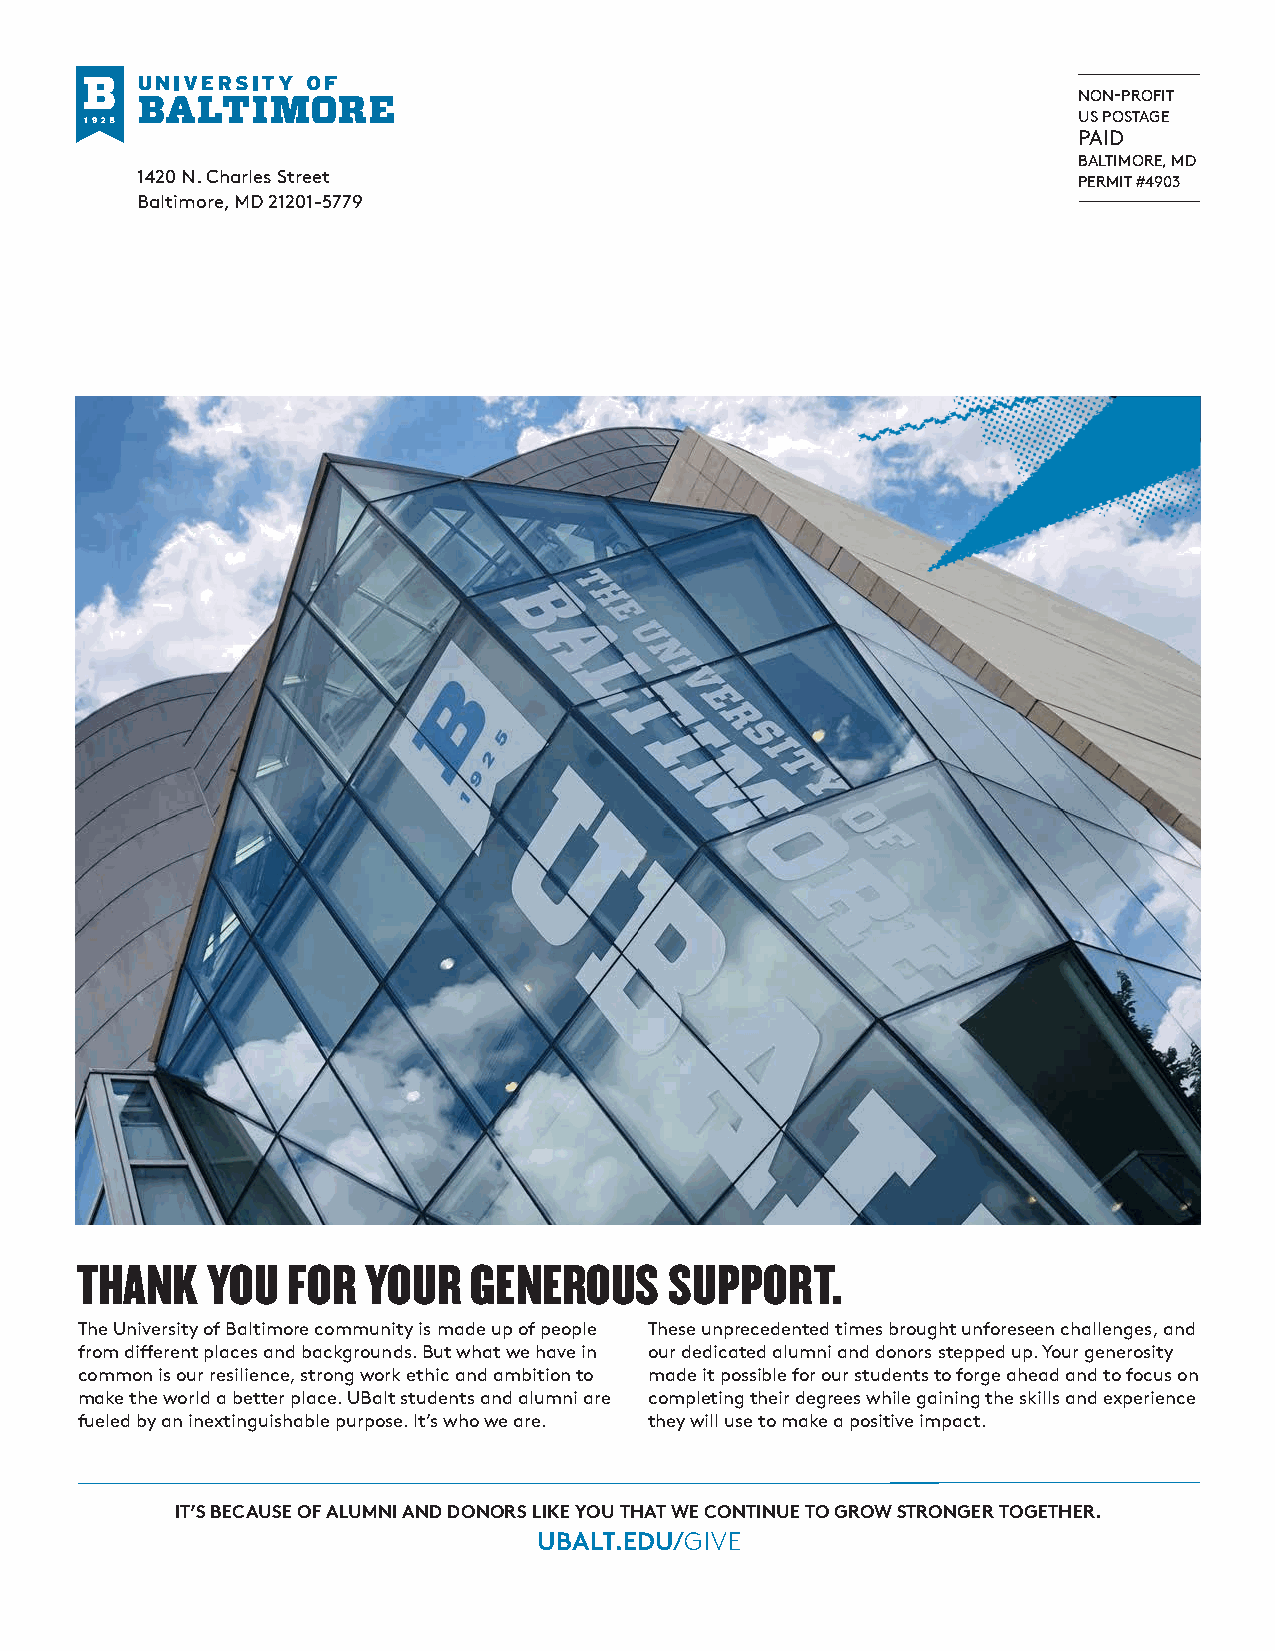
NON-PROFIT
 US POSTAGE
 PAID
 BALTIMORE, MD
 1420 N. Charles Street                                        PERMIT #4903
 Baltimore, MD 21201-5779
 THANK    YOU  FOR  YOUR   GENEROUS     SUPPORT.
 The University of Baltimore community is made up of people These unprecedented times brought unforeseen challenges, and
 from different places and backgrounds. But what we have in our dedicated alumni and donors stepped up. Your generosity
 common is our resilience, strong work ethic and ambition to made it possible for our students to forge ahead and to focus on
 make the world a better place. UBalt students and alumni are completing their degrees while gaining the skills and experience
 fueled by an inextinguishable purpose. It’s who we are. they will use to make a positive impact.
 IT’S BECAUSE OF ALUMNI AND DONORS LIKE YOU THAT WE CONTINUE TO GROW STRONGER TOGETHER.
 UBALT.EDU/GIVE